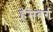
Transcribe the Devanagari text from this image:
हॅमबर्ग